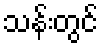
သန်းတွင်